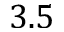
3 . 5